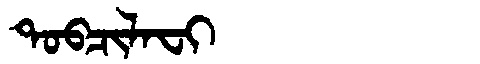
Manchu: ᡨᠣᠪᠴᡳᠯᠠᠸᡳ
Romanization: TOBCILAFI